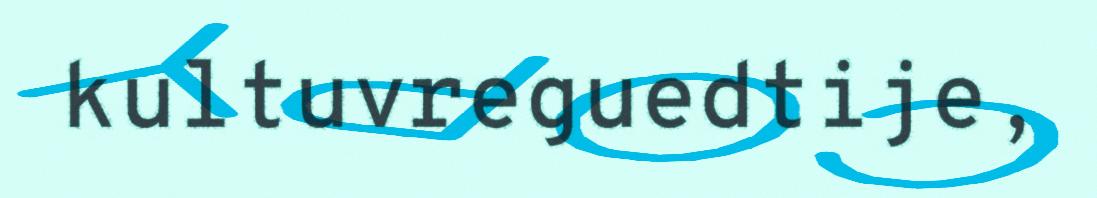
kultuvreguedtije,